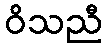
ဝိသညီ